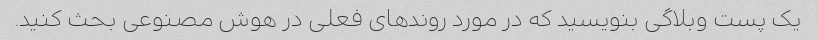
یک پست وبلاگی بنویسید که در مورد روندهای فعلی در هوش مصنوعی بحث کنید.